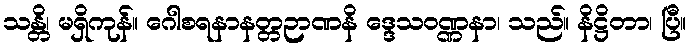
သန္တိ၊ မရှိကုန်။ ဂေါစရနာနတ္တဉာဏနိ ဒ္ဒေသဝဏ္ဏနာ၊ သည်။ နိဋ္ဌိတာ၊ ပြီ။